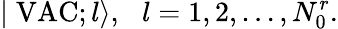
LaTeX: \mid\mathrm{VAC};l\rangle,\, \, \, \, l=1,2,...,N_{0}^{r}.